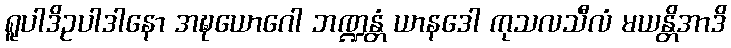
ရူပါဒိဥပါဒါနော အဍ္ဎယောဂေါ ဘဏ္ဍန္တံ ယာနဒေါ ကုသလသီလံ မယန္တိအာဒိ